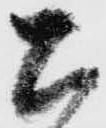
公